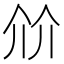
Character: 𰁽